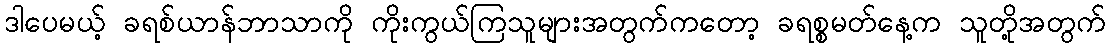
ဒါပေမယ့် ခရစ်ယာန်ဘာသာကို ကိုးကွယ်ကြသူများအတွက်ကတော့ ခရစ္စမတ်နေ့က သူတို့အတွက်